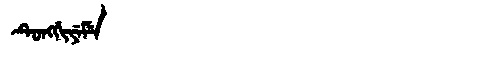
Manchu: ᡨᡠᠩᡤᡳᠶᡝᠮᡝ
Romanization: TUNGGIYEME